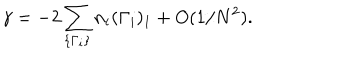
\gamma = - 2 \sum _ { \{ \Gamma _ { i } \} } n _ { i } ( \Gamma _ { i } ) _ { 1 } + O ( 1 / N ^ { 2 } ) .